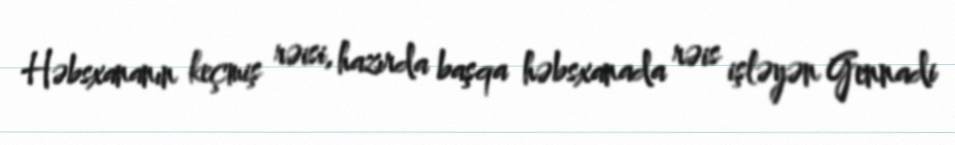
Həbsxananın keçmiş rəisi, hazırda başqa həbsxanada rəis işləyən Gennadi